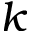
k